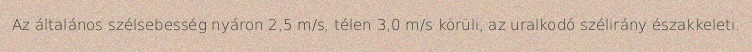
Az általános szélsebesség nyáron 2,5 m/s, télen 3,0 m/s körüli, az uralkodó szélirány északkeleti.